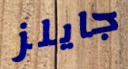
جايلز